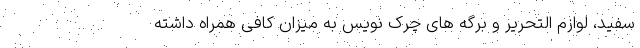
سفید، لوازم التحریر و برگه های چرک نویس به میزان کافی همراه داشته